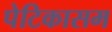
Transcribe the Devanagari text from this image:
पेटिकासम